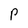
Character: P